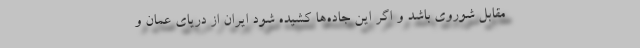
مقابل شوروی باشد و اگر این جاده‌ها کشیده شود ایران از دریای عمان و